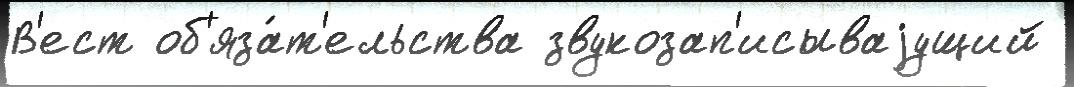
В'ест об'яза́т'ельства звукозап'исываjущий